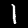
Label: 1